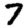
Digit: 7